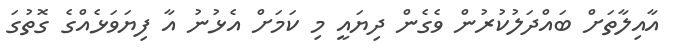
އާއިލާތަށް ބައްދަލުކުރުން ވެގެން ދިޔައީ މި ކަމަށް އެޅުނު އާ ފިޔަވަޅެއްގެ ގޮތުގަ